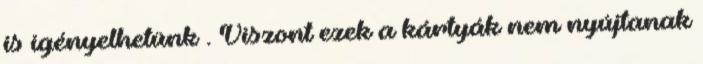
is igényelhetünk . Viszont ezek a kártyák nem nyújtanak